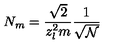
N _ { m } = \frac { \sqrt { 2 } } { z _ { l } ^ { 2 } m } \frac { 1 } { \sqrt { \mathcal { N } } }